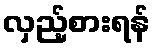
လှည့်စားရန်